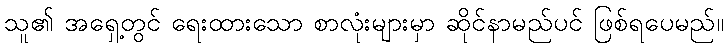
သူ၏ အရှေ့တွင် ရေးထားသော စာလုံးများမှာ ဆိုင်နာမည်ပင် ဖြစ်ရပေမည်။